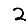
Digit: 2